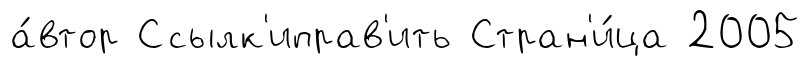
а́втор Ссылк'иправ'ить Стран'и́ца 2005